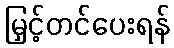
မြှင့်တင်ပေးရန်